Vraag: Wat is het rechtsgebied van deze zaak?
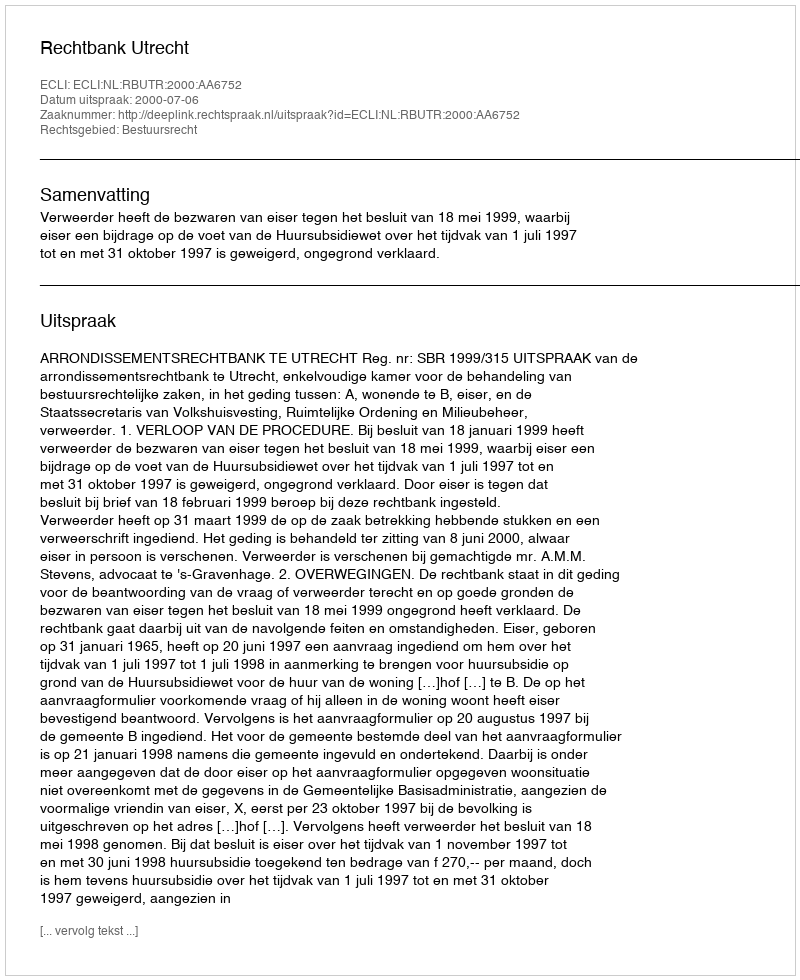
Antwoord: Bestuursrecht